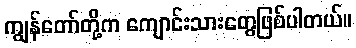
ကျွန်တော်တို့က ကျောင်းသားတွေဖြစ်ပါတယ်။